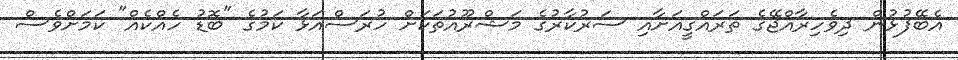
އެބޭފުޅުން ދިވެހިރާއްޖޭގެ ތަރައްގީއަށާއި ސަރުކާރުގެ މަޝްރޫއުތަކަށް ހުރަސްއަޅާ ކަމުގެ "ބޮޑު ހެއްކެއް" ކަމަށްވެސް